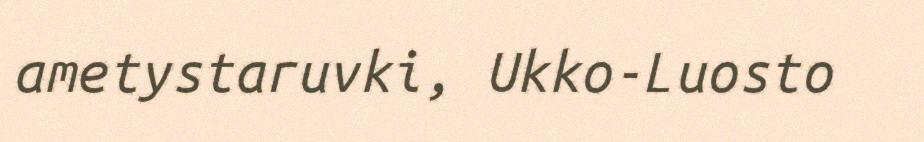
ametystaruvki, Ukko-Luosto